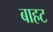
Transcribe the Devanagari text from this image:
बाहट